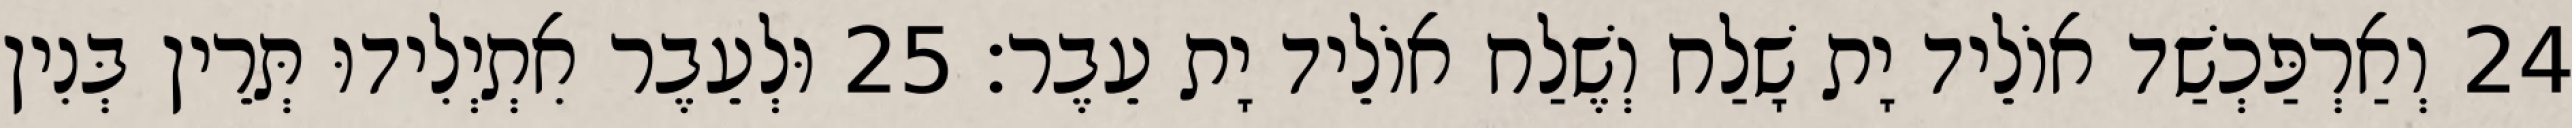
24 וְאַרְפַּכְשַׁד אוֹלֵיד יָת שָׁלַח וְשֶׁלַח אוֹלֵיד יָת עֵבֶר׃ 25 וּלְעֵבֶר אִתְיְלִידוּ תְּרֵין בְּנִין